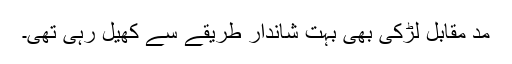
مدِ مقابل لڑکی بھی بہت شاندار طریقے سے کھیل رہی تھی۔